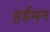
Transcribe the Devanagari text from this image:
हर्डमन